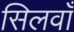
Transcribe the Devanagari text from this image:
सिलवाँ